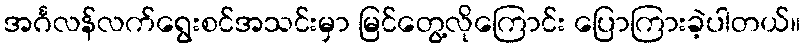
အင်္ဂလန်လက်ရွေးစင်အသင်းမှာ မြင်တွေ့လိုကြောင်း ပြောကြားခဲ့ပါတယ်။